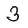
Character: 3